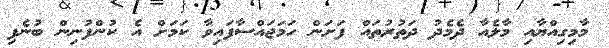
މާމިގިއްޔާއި މާލެއާ ދެމެދު ދަތުރުތައް ފަށަން ހަމަޖައްސާފައިވާ ކަމަށް އެ ކުންފުނިން ބުނެފި